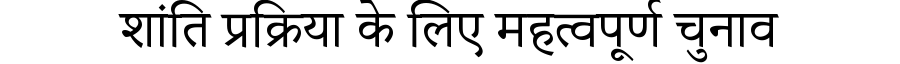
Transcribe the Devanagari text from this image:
शांति प्रक्रिया के लिए महत्वपूर्ण चुनाव